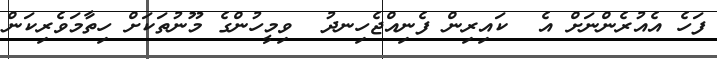
ފަހެ އެއުރެންނަށް އެ  ކައިރިން ފެނިއްޖެހިނދު  ވިމީހުންގެ މޫނުތަކަށް ހިތާމަވެރިކަން